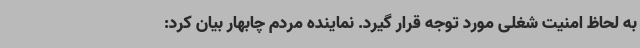
به لحاظ امنیت شغلی مورد توجه قرار گیرد. نماینده مردم چابهار بیان کرد: